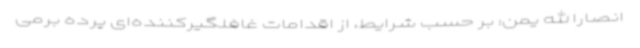
انصارالله یمن: بر حسب شرایط، از اقدامات غافلگیرکننده‌ای پرده برمی